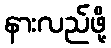
နားလည်ဖို့